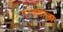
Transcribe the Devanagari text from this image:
पुरवणीला